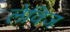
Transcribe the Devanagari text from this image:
लेविज